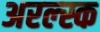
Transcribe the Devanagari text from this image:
अरल्स्क